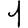
Digit: 1